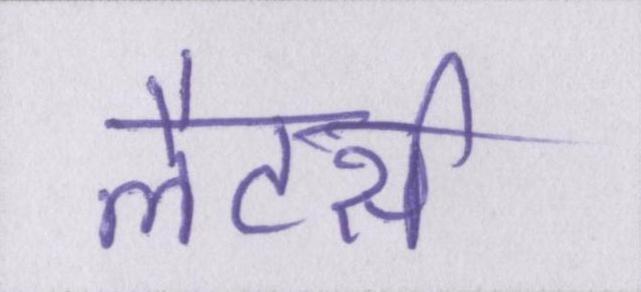
लैटर्स